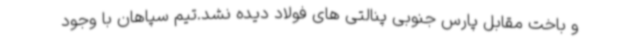
و باخت مقابل پارس جنوبی پنالتی های فولاد دیده نشد.تیم سپاهان با وجود